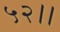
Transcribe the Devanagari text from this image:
५२।।